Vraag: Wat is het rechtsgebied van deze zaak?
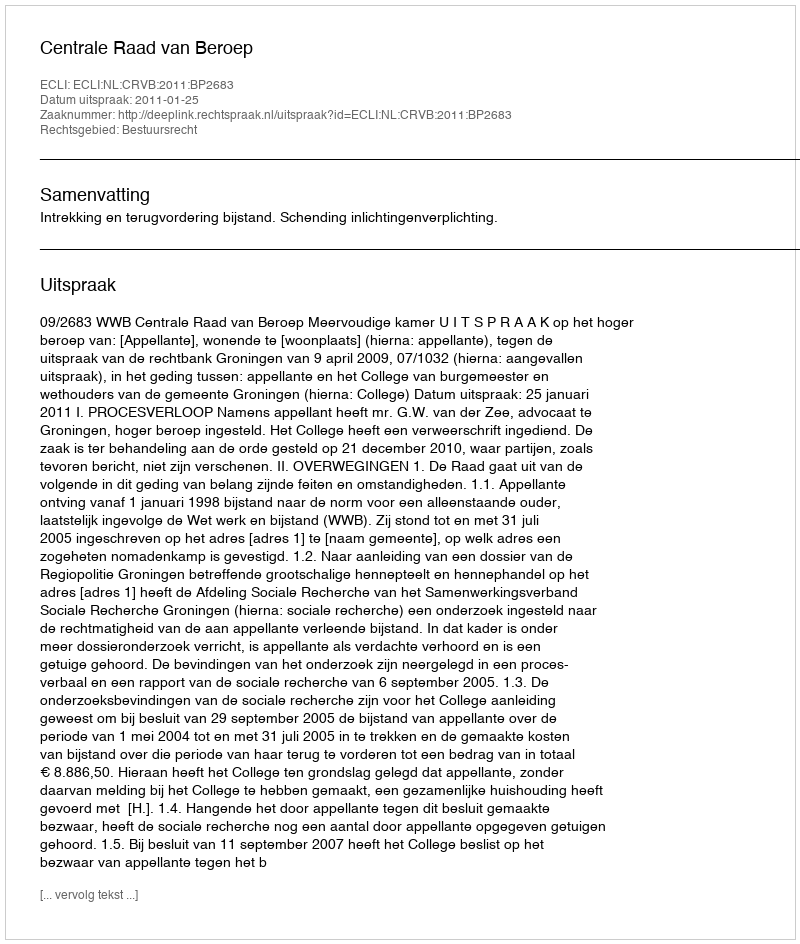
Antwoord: Bestuursrecht